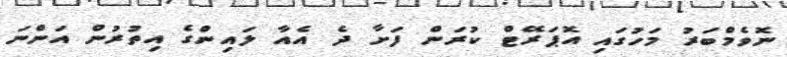
ނޮވެމްބަރު މަހުގައި އޮޕަރޭޓް ކުރަން ފަށާ ދެ އެއާ ލައިންގެ އިތުރުން އަންނަ